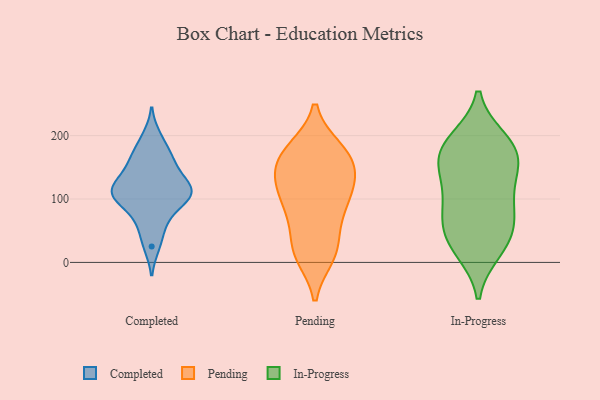
{"axis": {"x": "Energy Usage (MWh)", "y": "Value"}, "legend": ["Completed", "In-Progress", "Pending"], "data": [{"x": "", "y": 100, "type": "Completed"}, {"x": "", "y": 162, "type": "Completed"}, {"x": "", "y": 122, "type": "Completed"}, {"x": "", "y": 156, "type": "Completed"}, {"x": "", "y": 126, "type": "Completed"}, {"x": "", "y": 115, "type": "Completed"}, {"x": "", "y": 25, "type": "Completed"}, {"x": "", "y": 199, "type": "Completed"}, {"x": "", "y": 101, "type": "Completed"}, {"x": "", "y": 173, "type": "Completed"}, {"x": "", "y": 72, "type": "Completed"}, {"x": "", "y": 102, "type": "Completed"}, {"x": "", "y": 103, "type": "Completed"}, {"x": "", "y": 53, "type": "Completed"}, {"x": "", "y": 131, "type": "Completed"}, {"x": "", "y": 147, "type": "Pending"}, {"x": "", "y": 84, "type": "Pending"}, {"x": "", "y": 77, "type": "Pending"}, {"x": "", "y": 179, "type": "Pending"}, {"x": "", "y": 119, "type": "Pending"}, {"x": "", "y": 10, "type": "Pending"}, {"x": "", "y": 175, "type": "Pending"}, {"x": "", "y": 53, "type": "Pending"}, {"x": "", "y": 135, "type": "Pending"}, {"x": "", "y": 144, "type": "Pending"}, {"x": "", "y": 24, "type": "Pending"}, {"x": "", "y": 102, "type": "Pending"}, {"x": "", "y": 121, "type": "Pending"}, {"x": "", "y": 152, "type": "Pending"}, {"x": "", "y": 95, "type": "Pending"}, {"x": "", "y": 15, "type": "Pending"}, {"x": "", "y": 12, "type": "Pending"}, {"x": "", "y": 179, "type": "Pending"}, {"x": "", "y": 173, "type": "Pending"}, {"x": "", "y": 114, "type": "In-Progress"}, {"x": "", "y": 26, "type": "In-Progress"}, {"x": "", "y": 68, "type": "In-Progress"}, {"x": "", "y": 67, "type": "In-Progress"}, {"x": "", "y": 193, "type": "In-Progress"}, {"x": "", "y": 173, "type": "In-Progress"}, {"x": "", "y": 158, "type": "In-Progress"}, {"x": "", "y": 169, "type": "In-Progress"}, {"x": "", "y": 19, "type": "In-Progress"}, {"x": "", "y": 100, "type": "In-Progress"}, {"x": "", "y": 193, "type": "In-Progress"}, {"x": "", "y": 65, "type": "In-Progress"}, {"x": "", "y": 130, "type": "In-Progress"}, {"x": "", "y": 33, "type": "In-Progress"}, {"x": "", "y": 164, "type": "In-Progress"}]}